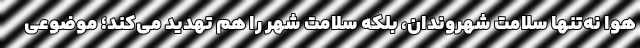
هوا نه‌تنها سلامت شهروندان، بلکه سلامت شهر را هم تهدید می‌کند؛ موضوعی